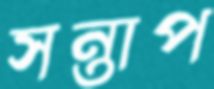
সন্তাপ